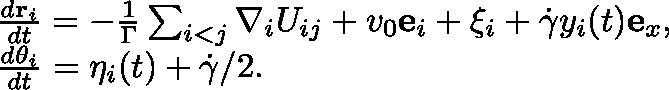
\begin{array} { r l } & { \frac { d { { \mathbf { r } } _ { i } } } { d t } = - \frac { 1 } { \Gamma } \sum _ { i < j } { { \mathbf { \nabla } } _ { i } } U _ { i j } + v _ { 0 } \mathbf { e } _ { i } + \mathbf { \xi } _ { i } + \dot { \gamma } y _ { i } ( t ) \mathbf { e } _ { x } , } \\ & { \frac { d \theta _ { i } } { d t } = \eta _ { i } ( t ) + \dot { \gamma } / 2 . } \end{array}